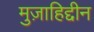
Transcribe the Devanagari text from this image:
मुज़ाहिद्दीन